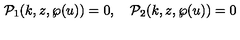
{ \cal P } _ { 1 } ( k , z , \wp ( u ) ) = 0 , \quad { \cal P } _ { 2 } ( k , z , \wp ( u ) ) = 0